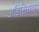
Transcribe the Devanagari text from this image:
ऑडेसियक्स